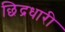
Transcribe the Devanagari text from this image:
छिद्रधारी